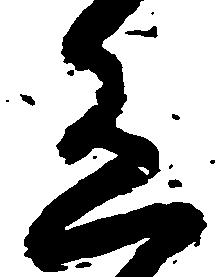
有